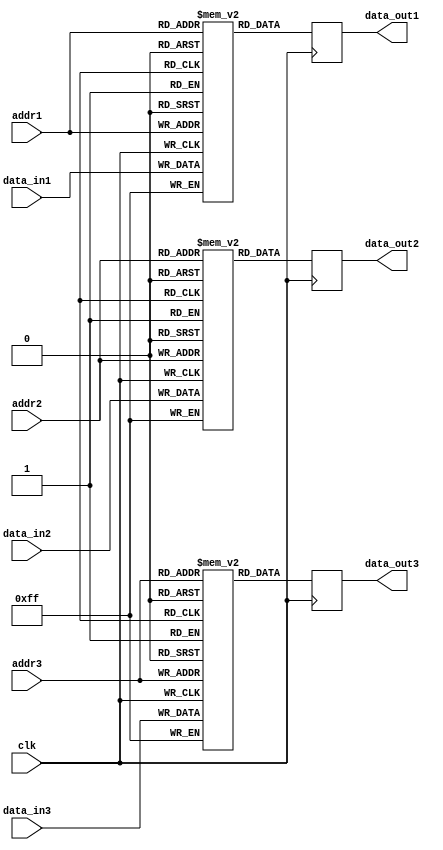
module triple_port_register_file (
  input wire clk,
  input wire [7:0] addr1,
  input wire [7:0] addr2,
  input wire [7:0] addr3,
  input wire [7:0] data_in1,
  input wire [7:0] data_in2,
  input wire [7:0] data_in3,
  output reg [7:0] data_out1,
  output reg [7:0] data_out2,
  output reg [7:0] data_out3
);

reg [7:0] mem_block1 [0:255];
reg [7:0] mem_block2 [0:255];
reg [7:0] mem_block3 [0:255];

always @(posedge clk) begin
  data_out1 <= mem_block1[addr1];
  data_out2 <= mem_block2[addr2];
  data_out3 <= mem_block3[addr3];
end

always @(posedge clk) begin
  mem_block1[addr1] <= data_in1;
  mem_block2[addr2] <= data_in2;
  mem_block3[addr3] <= data_in3;
end

endmodule